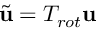
\tilde { \mathbf { u } } = T _ { r o t } \mathbf { u }